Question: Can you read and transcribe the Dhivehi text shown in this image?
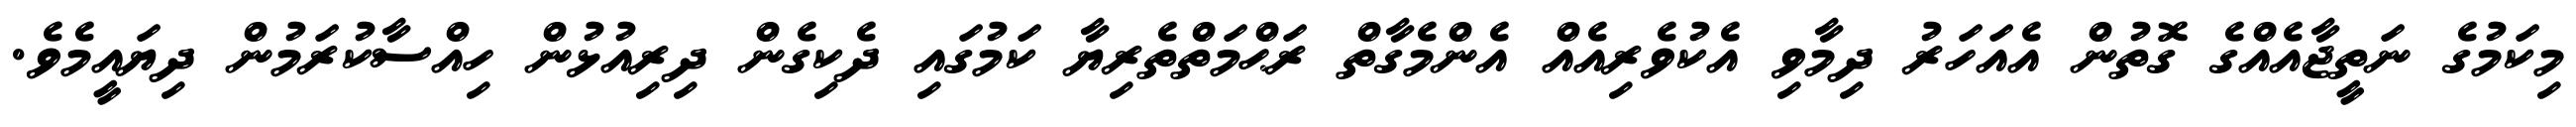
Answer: މިކަމުގެ ނަތީޖާއެއްގެ ގޮތުން އެއަހަރު ދިމާވި އެކުވެރިއެއް އެންމެގާތް ރަޙްމަތްތެރިޔާ ކަމުގައި ދެކިގެން ދިރިއުޅުން ހިއްސާކުރަމުން ދިޔައީމެވެ.